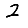
Digit: 2